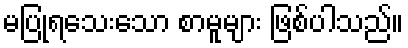
မပြုရသေးသော စာမူများ ဖြစ်ပါသည်။